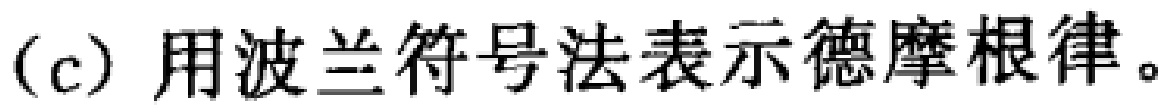
(c) 用波兰符号法表示德摩根律。